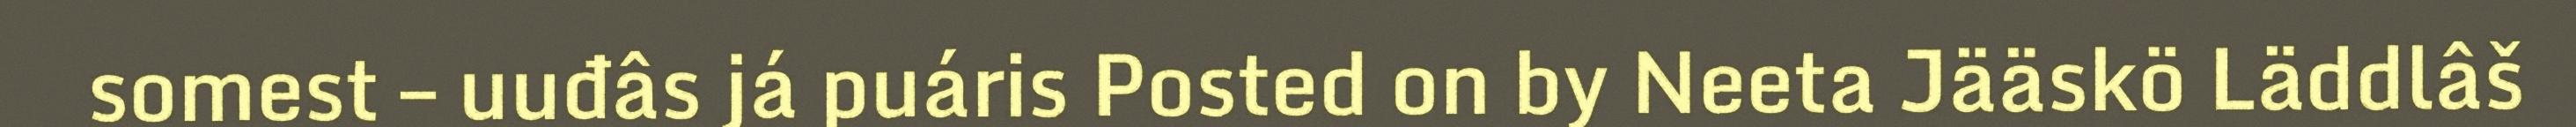
somest – uuđâs já puáris Posted on by Neeta Jääskö Läddlâš